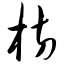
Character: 枋